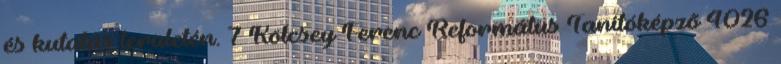
és kutatás területén. 7 Kölcsey Ferenc Református Tanítóképzõ 4026